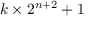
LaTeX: k \times 2 ^ { n + 2 } + 1